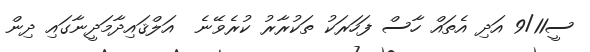
ސީ9/11 އަދި އެތައް ހާސް ފަހަރަކު ތަކުރާރު ކުރެވޭނެ  އަލްޤައިދާމަދީނާގައި ދިން